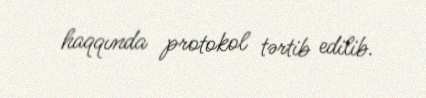
haqqında protokol tərtib edilib.